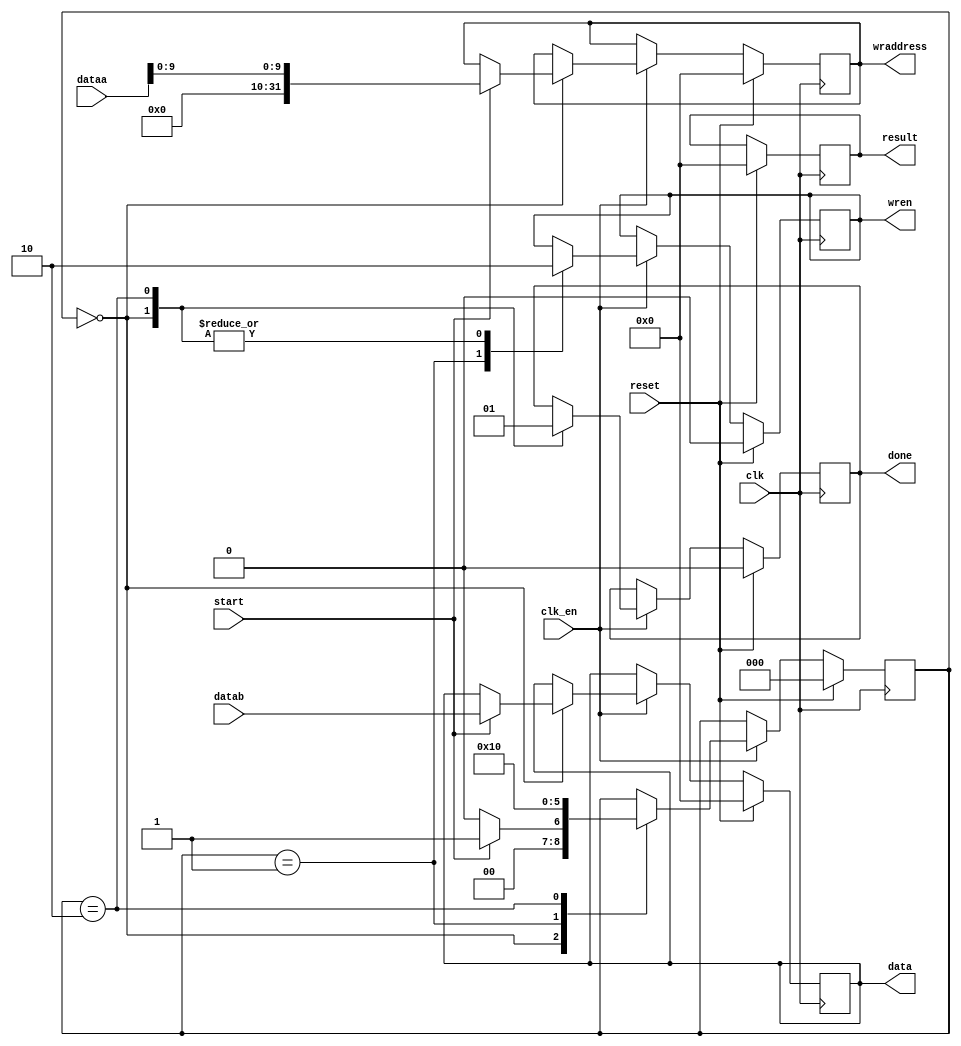
module loadCoprocessador(dataa, datab, clk, clk_en, reset, start, result, done, data, wraddress, wren);
	input [31:0] dataa; // endereo da memoria
	input [31:0] datab; // dado
	input clk;
	input clk_en; 
	input reset;
	input start;
	output reg [31:0] result;// n vai ser usado mas tem que ter pq  parametro da custom instruction
	output reg done;
	output reg [31:0] data; //dado que vai ser escrito na memria
	output reg [31:0] wraddress; // endereo da memoria
	output reg wren; //write enable da memoria
	 
	reg [2:0] state;
	
	localparam IDLE    =2'b00;
	localparam WRITING =2'b01;
	localparam FINISH  =2'b10;
	
	always @ (posedge clk) begin
		if(reset) begin
			wren <= 1'b0;
			done <= 1'b0;
			result <= 32'd0;
			data <= 32'd0;
			wraddress <= 6'd0;
			state <= IDLE;
		end
		else begin
			if(clk_en) begin
				case(state)
					IDLE: begin
						wren <= 1'b0;
						done <= 1'b0;
						if(start) begin
							state <= WRITING;
							data <= datab;
							wraddress <= dataa[9:0];
						end
						else begin
							state <= IDLE;
						end
					end
					WRITING: begin
						state <= FINISH;
						wren <= 1'b1;
					end
					FINISH: begin
						wren <= 1'b0;
						done <= 1'b1;
						state <= IDLE;
					end
				endcase
			end
		end
	end
endmodule